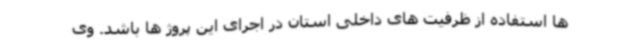
ها استفاده از ظرفیت های داخلی استان در اجرای این پروژ ها باشد. وی